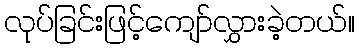
လုပ်ခြင်းဖြင့်ကျော်လွှားခဲ့တယ်။